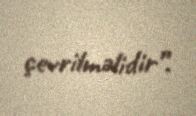
çevrilməlidir”.